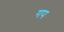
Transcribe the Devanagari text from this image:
गप